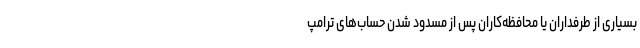
بسیاری از طرفداران یا محافظه‌کاران پس از مسدود شدن حساب‌های ترامپ